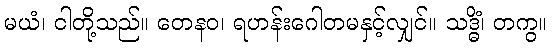
မယံ၊ ငါတို့သည်။ တေနဝ၊ ရဟန်းဂေါတမနှင့်လျှင်။ သဒ္ဓိံ၊ တကွ။